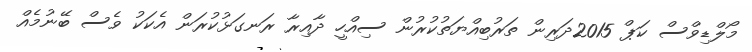
މޯލްޑިވްސް ކަޕް 2015ދަރިން ތަރުބިއްޔަތުކުރުން ސިއްހީ ދާއިރާ ރަނގަޅުކުރަން އެކަކު ވެސް ބޭނުމެއް